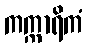
ကက္ကာရိကံ